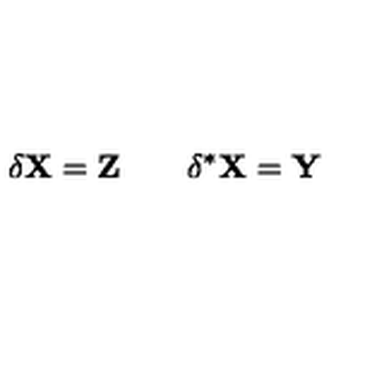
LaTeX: \delta \mathbf { X } = \mathbf { Z } \qquad \delta ^ { * } \mathbf { X } = \mathbf { Y }